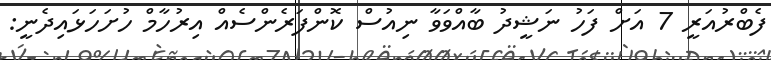
ފެބްރުއަރީ 7 އަށް ފަހު ނަޝީދު ބާއްވަވާ ނިއުސް ކޮންފަރެންސެއް އިރުހާމް ހުށަހަޅައިދެނީ: